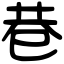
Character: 巷